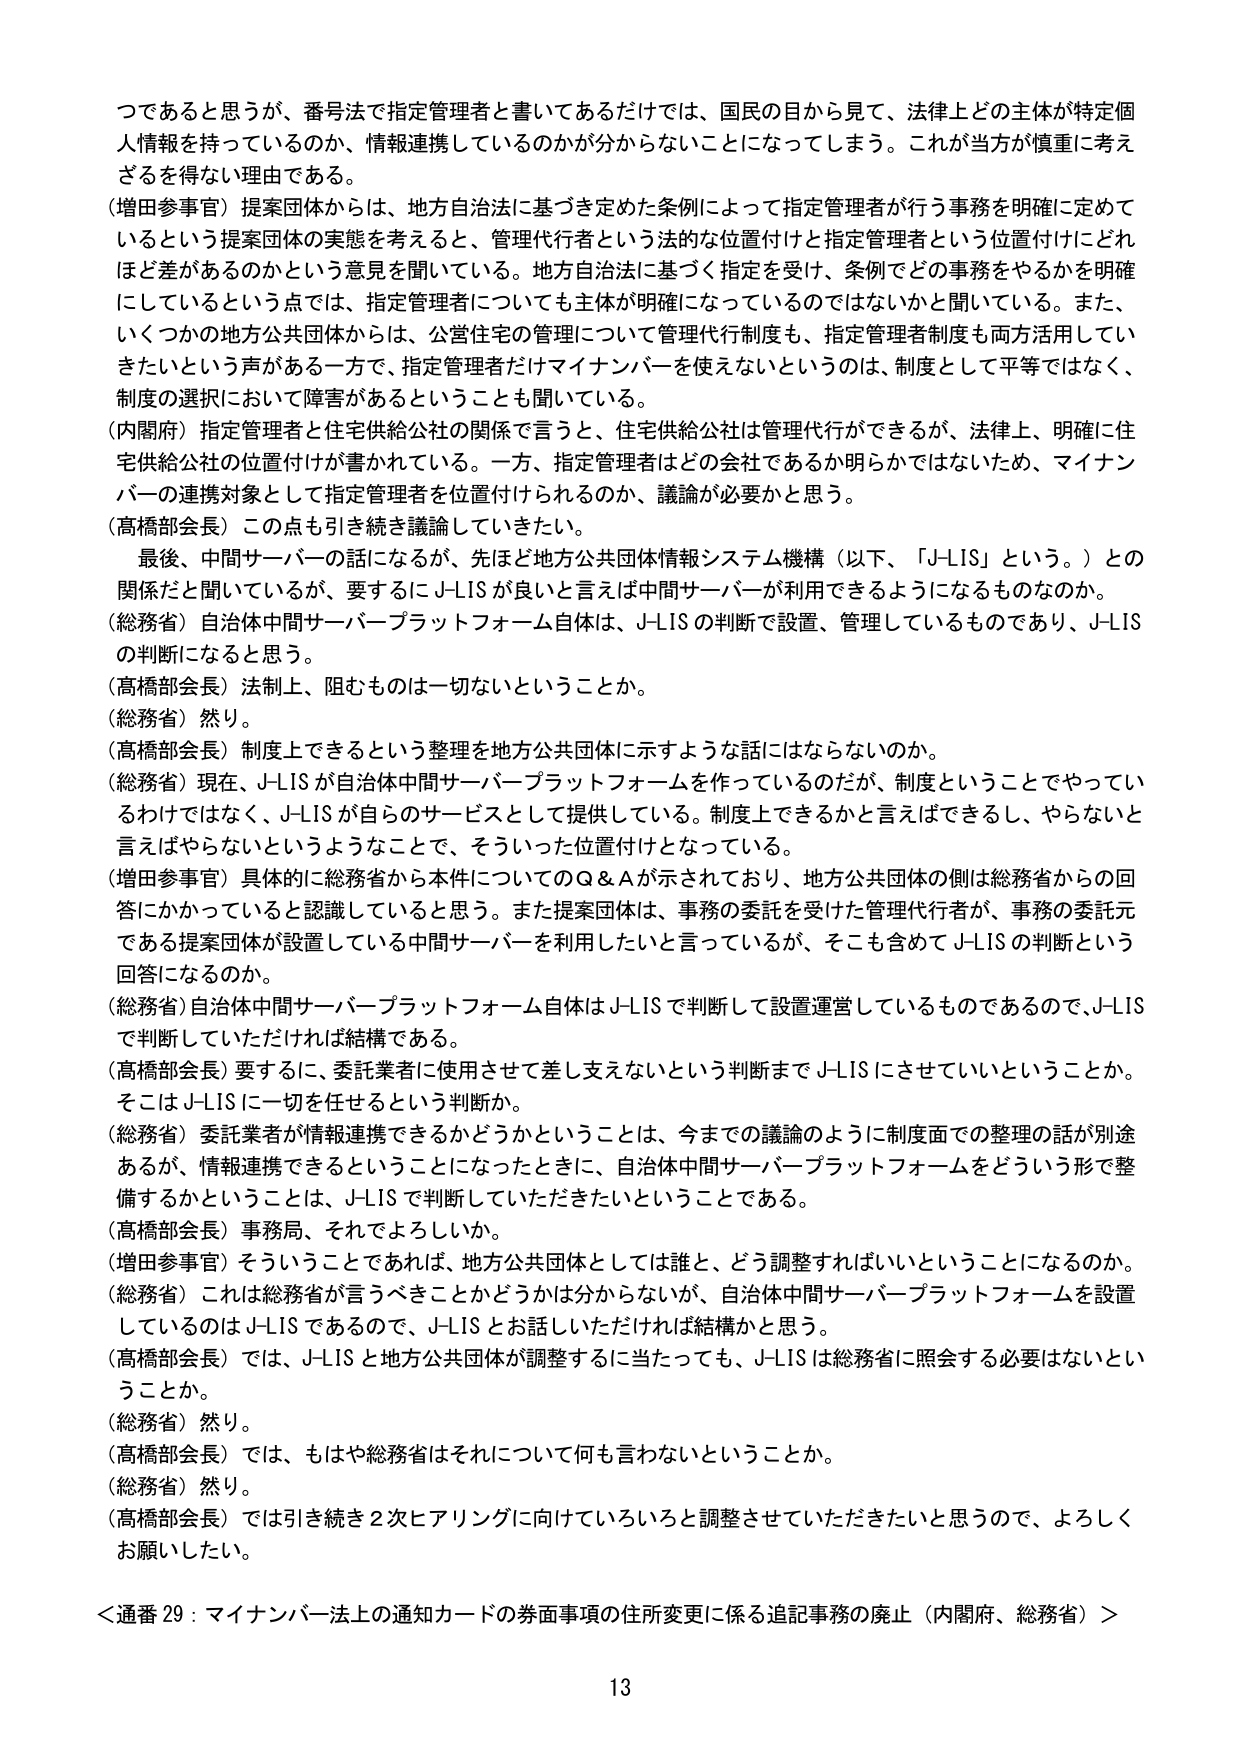
つであると思うが、番号法で指定管理者と書いてあるだけでは、国民の目から見て、法律上どの主体が特定個人情報を持っているのか、情報連携しているのかが分からないことになってしまう。これが当方が慎重に考えざるを得ない理由である。

（増田参事官）提案団体からは、地方自治法に基づき定めた条例によって指定管理者が行う事務を明確に定めているという提案団体の実態を考えると、管理代行者という法的な位置付けと指定管理者という位置付けにどれほど差があるのかという意見を聞いている。地方自治法に基づく指定を受け、条例でどの事務をやるかを明確にしているという点では、指定管理者についても主体が明確になっているのではないかと聞いている。また、いくつかの地方公共団体からは、公営住宅の管理について管理代行制度も、指定管理者制度も両方活用していきたいという声がある一方で、指定管理者だけマイナンバーを使えないというのは、制度として平等ではなく、制度の選択において障害があるということも聞いている。

（内閣府）指定管理者と住宅供給公社の関係で言うと、住宅供給公社は管理代行ができるが、法律上、明確に住宅供給公社の位置付けが書かれている。一方、指定管理者はどの会社であるか明らかではないため、マイナンバーの連携対象として指定管理者を位置付けられるのか、議論が必要だと思う。

（高橋部会長）この点も引き続き議論していきたい。

最後、中間サーバーの話になるが、先ほど地方公共団体情報システム機構（以下、「J-LIS」という。）との関係だと聞いているが、要するにJ-LISが良いと言えば中間サーバーが利用できるようになるものなのか。

（総務省）自治体中間サーバープラットフォーム自体は、J-LISの判断で設置、管理しているものであり、J-LISの判断になると思う。

（高橋部会長）法制上、阻むものは一切ないということか。

（総務省）然り。

（高橋部会長）制度上できるという整理を地方公共団体に示すような話にはならないのか。

（総務省）現在、J-LISが自治体中間サーバープラットフォームを作っているのだが、制度ということでやっているわけではなく、J-LISが自らのサービスとして提供している。制度上できるかと言えばできるし、やらないと言えばやらないというようなことで、そういった位置付けとなっている。

（増田参事官）具体的に総務省から本件についてのQ＆Aが示されており、地方公共団体の側は総務省からの回答にかかっていると認識していると思う。また提案団体は、事務の委託を受けた管理代行者が、事務の委託元である提案団体が設置している中間サーバーを利用したいと言っているが、そこも含めてJ-LISの判断という回答になるのか。

（総務省）自治体中間サーバープラットフォーム自体はJ-LISで判断して設置運営しているものであるので、J-LISで判断していただければ結構である。

（高橋部会長）要するに、委託業者に使用させて差し支えないという判断までJ-LISにさせていいということか。そこはJ-LISに一切を任せるという判断か。

（総務省）委託業者が情報連携できるかどうかということは、今までの議論のように制度面での整理の話が別途あるが、情報連携できるということになったときに、自治体中間サーバープラットフォームをどういう形で整備するかということは、J-LISで判断していただきたいということである。

（高橋部会長）事務局、それでよろしいか。

（増田参事官）そういうことであれば、地方公共団体としては誰と、どう調整すればいいということになるのか。

（総務省）これは総務省が言うべきことかどうかは分からないが、自治体中間サーバープラットフォームを設置しているのはJ-LISであるので、J-LISとお話しいただければ結構かと思う。

（高橋部会長）では、J-LISと地方公共団体が調整するに当たっても、J-LISは総務省に照会する必要はないということか。

（総務省）然り。

（高橋部会長）では、もはや総務省はそれについて何も言わないということか。

（総務省）然り。

（高橋部会長）では引き続き2次ヒアリングに向けていろいろと調整させていただきたいと思うので、よろしくお願いしたい。

＜通番29：マイナンバー法上の通知カードの券面事項の住所変更に係る追記事務の廃止（内閣府、総務省）＞

13